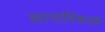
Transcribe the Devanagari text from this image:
खानांविषयी